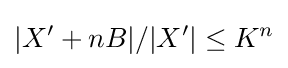
|X'+nB|/|X'|\leq K^{n}